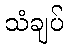
သံချပ်